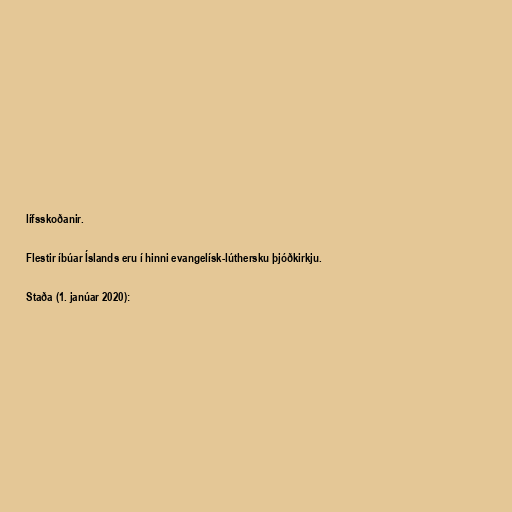
lífsskoðanir.

Flestir íbúar Íslands eru í hinni evangelísk-lúthersku þjóðkirkju.

Staða (1. janúar 2020):